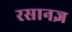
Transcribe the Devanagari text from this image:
रसानज्ञ